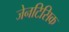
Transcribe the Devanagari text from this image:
जेनटिसिक